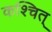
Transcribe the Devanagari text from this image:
कश्चित्‌